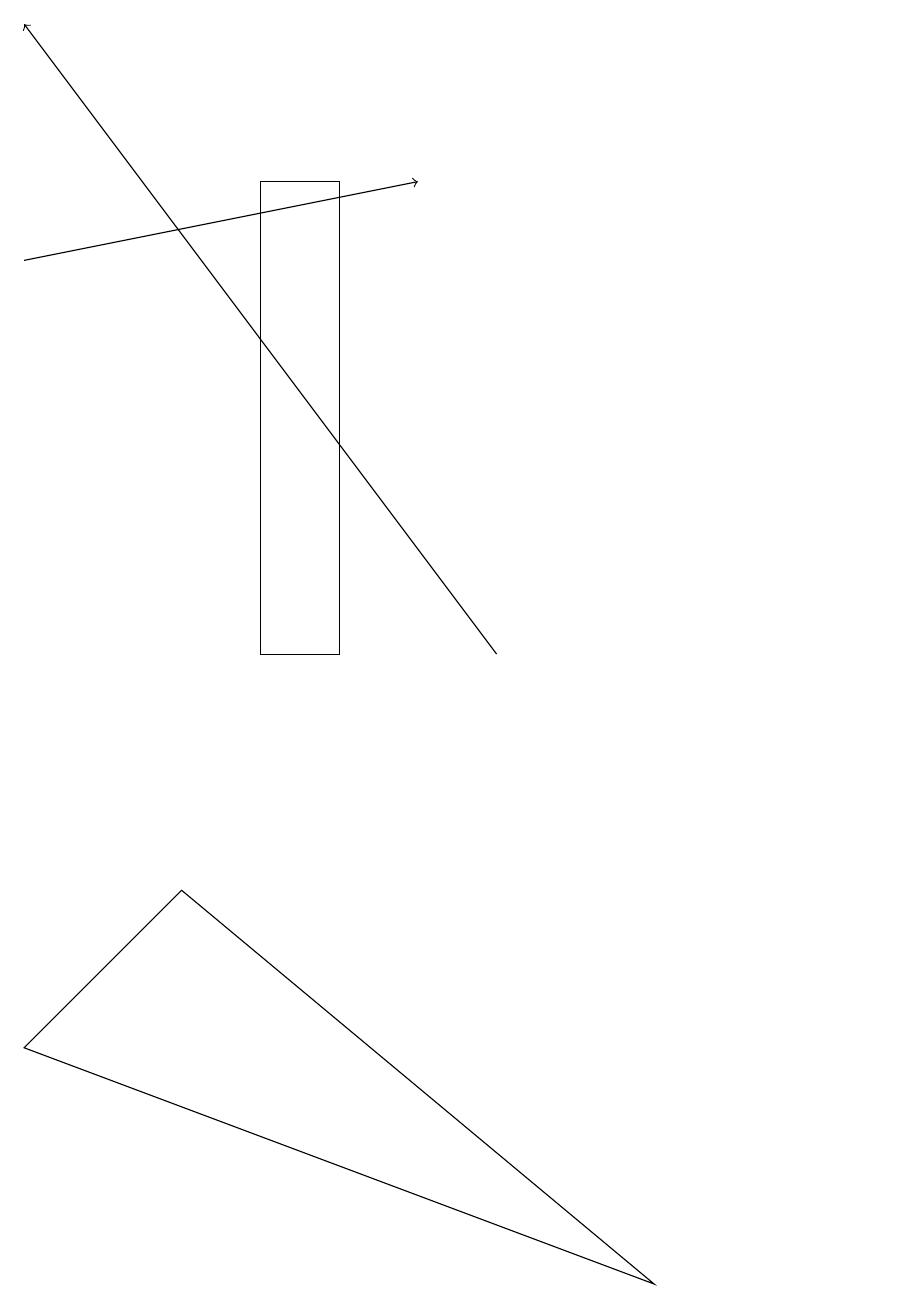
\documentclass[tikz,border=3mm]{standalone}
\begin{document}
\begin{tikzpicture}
\draw (8,3) -- (2,8) -- (0,6) -- cycle;
\draw (4,11) rectangle (3,17);
\draw[->] (0,16) -- (5,17);
\draw (11,11) circle (0);
\draw[->] (6,11) -- (0,19);
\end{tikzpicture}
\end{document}